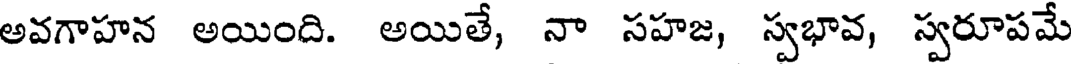
అవగాహన అయింది. అయితే, నా సహజ, స్వభావ, స్వరూపమే